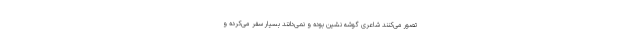
تصور می‌کنند شاعری گوشه نشین بوده و نمی‌دانند بسیار سفر می‌کرده و